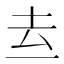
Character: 𱍑